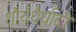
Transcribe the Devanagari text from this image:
शौर्यधैर्यादी